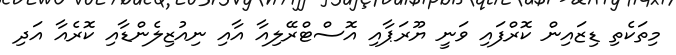
މިތަކެތި ޑިޒައިން ކޮރްފައި ވަނީ ޔޫރަޕާއި އޮސްޓްރޭލިއާ އާއި ނިއުޒިލެންޑާއި ކޮރެއާ އަދި